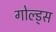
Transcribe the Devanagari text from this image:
गोल्ड्स